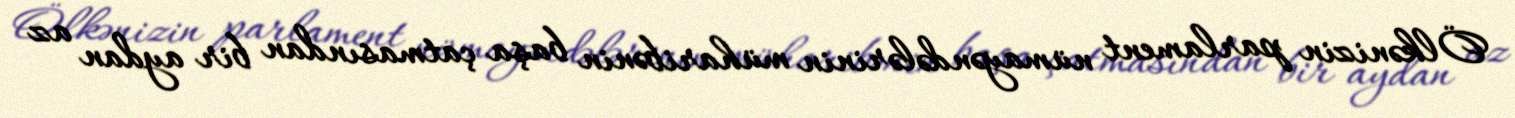
Ölkənizin parlament nümayəndələrinin müharibənin başa çatmasından bir aydan az